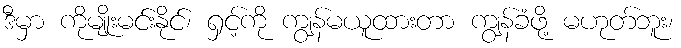
ဒီမှာ ကိုမျိုးမင်းနိုင်၊ ရှင့်ကို ကျွန်မယူထားတာ ကျွန်ခံဖို့ မဟုတ်ဘူး၊